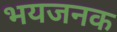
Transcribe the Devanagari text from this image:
भयजनक